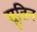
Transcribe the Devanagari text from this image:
सूतिन